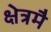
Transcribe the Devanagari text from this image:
क्षेत्रमै